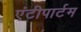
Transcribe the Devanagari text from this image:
एंटीपार्टम